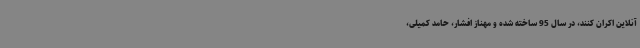
آنلاین اکران کنند، در سال 95 ساخته شده و مهناز افشار، حامد کمیلی،